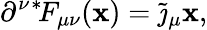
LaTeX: \partial^{\nu}{}^{*}\! F_{\mu\nu}(\mathbf{x})=\tilde{{\jmath}}_{\mu}{\mathbf{x}},